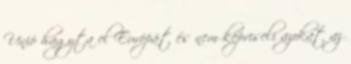
Unió hagyta el Európát és nem képviseli azokat az